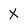
Character: X